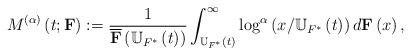
LaTeX: \begin{align*}M^{\left( \alpha\right) }\left( t;\mathbf{F}\right) :=\frac{1}{\overline{\mathbf{F}}\left( \mathbb{U}_{F^{\ast}}\left( t\right) \right)}\int_{\mathbb{U}_{F^{\ast}}\left( t\right) }^{\infty}\log^{\alpha}\left(x/\mathbb{U}_{F^{\ast}}\left( t\right) \right) d\mathbf{F}\left( x\right), \end{align*}